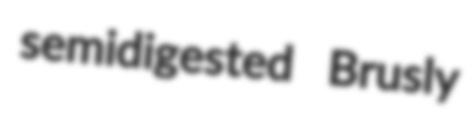
semidigested Brusly